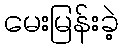
မေးမြန်းခဲ့